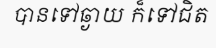
បានទៅឆ្ងាយ ក៏ទៅជិត